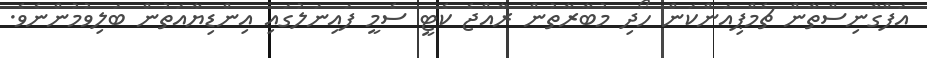
އަފްގާނިސްތާން ޗެމްޕިއަންކަން ހޯދި މުބާރާތުން ރާއްޖެ ކެޓީ ސެމީ ފައިނަލުގައި އިންޑިޔާއަތުން ބަލިވުމުންނެވެ.